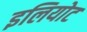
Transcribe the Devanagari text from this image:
इलियोट